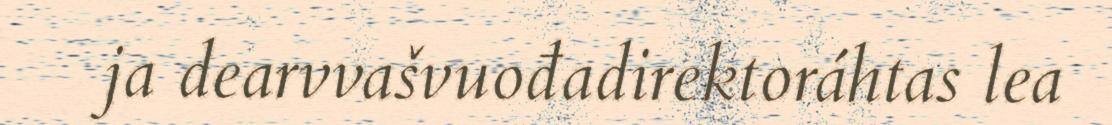
ja dearvvašvuođadirektoráhtas lea